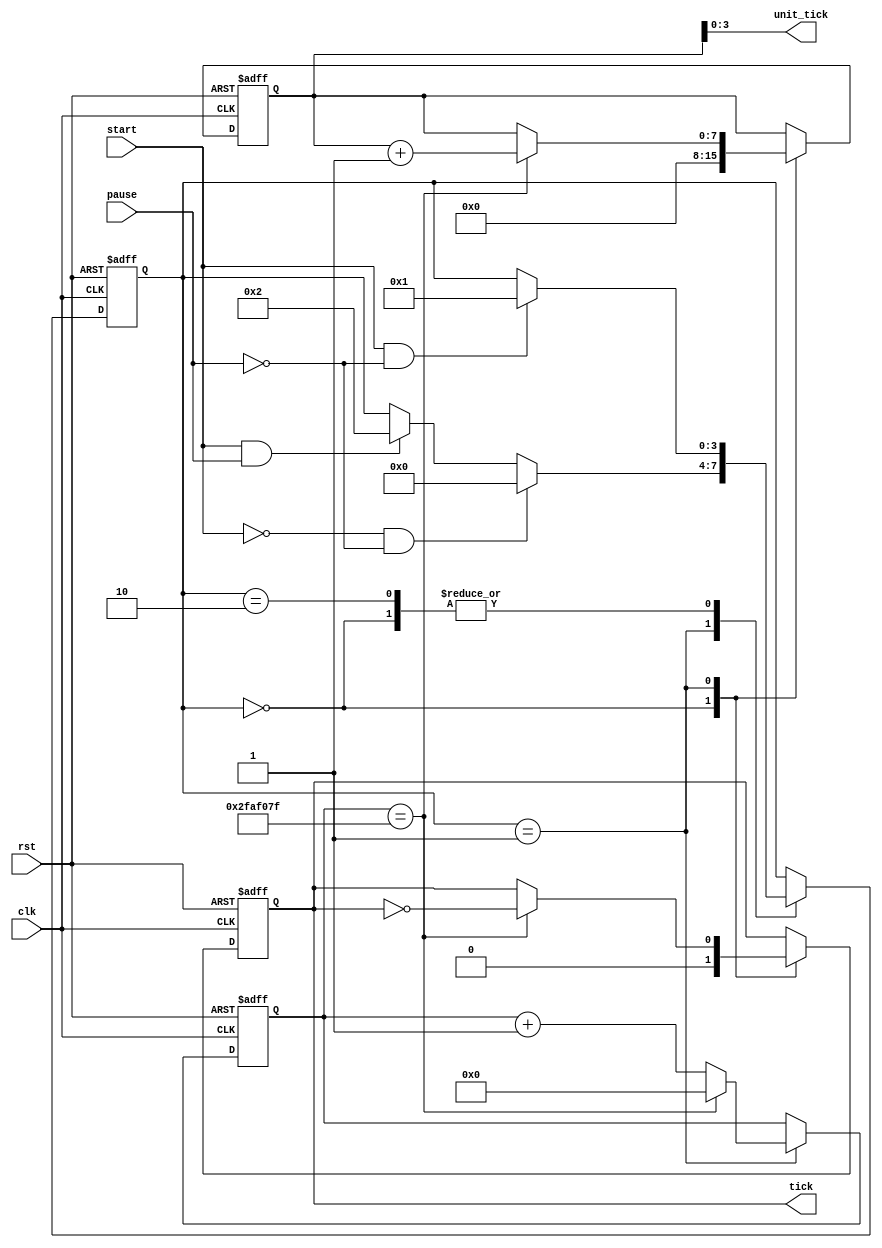
module counter#(parameter CLOCK_CYCLES = 50_000_000) (
    input clk, rst,
    input start, pause,
    output wire tick,
    output wire [3:0] unit_tick
);

reg [31:0] counter_ff, counter_nxt;
reg [7:0] unit_tick_ff , unit_tick_nxt;
reg tick_ff, tick_nxt;
reg [3:0] state_ff, state_nxt;

localparam IDLE = 2'b00;
localparam START = 2'b01;
localparam PAUSE = 2'b10;

assign tick = tick_ff;
assign unit_tick = unit_tick_ff;

always @(*) begin
    counter_nxt = counter_ff;
    tick_nxt = tick_ff;
    unit_tick_nxt = unit_tick_ff;
    state_nxt = state_ff;
    
    case (state_ff)
      IDLE: begin
        unit_tick_nxt = 8'b0;
        tick_nxt = 0;
        if (start && !pause) begin
          state_nxt = START;
        end
      end
      
      START: begin
        if (counter_ff == CLOCK_CYCLES - 1) begin
          counter_nxt = 'b0;
          tick_nxt = ~tick_ff;
	        unit_tick_nxt = unit_tick_ff + 8'b1;
        end else begin
          counter_nxt = counter_ff + 32'b1;
        end
        
        if (start & pause) begin
          state_nxt = PAUSE;
        end
	
        if (!start && !pause) begin
          state_nxt = IDLE;
        end
      end
      
      PAUSE: begin
        counter_nxt = counter_ff;
        unit_tick_nxt = unit_tick_ff;
        if (start && !pause) begin
          state_nxt = START;
        end
      end
    endcase
end

always @(posedge clk or negedge rst) begin
    if (~rst) begin
        counter_ff <= 32'b0;
        tick_ff <= 0;
        unit_tick_ff <= 8'b0;
        state_ff <= IDLE;
    end else begin
        counter_ff <= counter_nxt;
        tick_ff <= tick_nxt;
        unit_tick_ff <= unit_tick_nxt;
        state_ff <= state_nxt;
    end
end
endmodule